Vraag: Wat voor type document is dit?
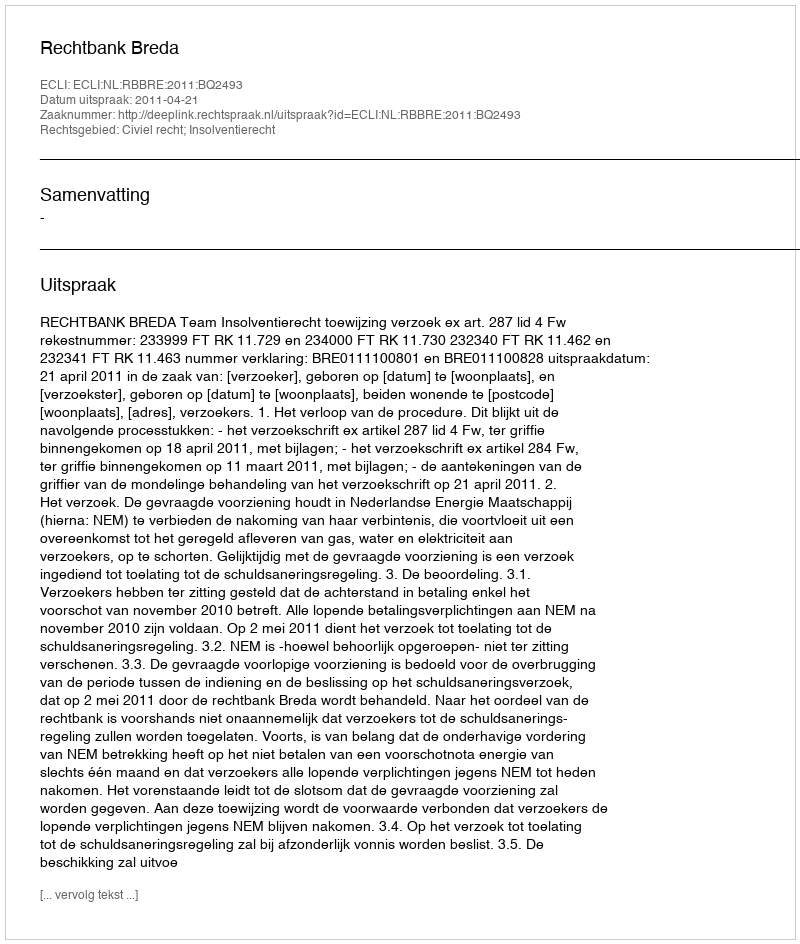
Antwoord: Uitspraak